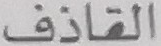
القاذف